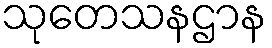
သုတေသနဌာန